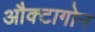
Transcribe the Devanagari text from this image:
औक्टागोन